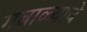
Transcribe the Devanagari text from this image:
गबाळ्याचे